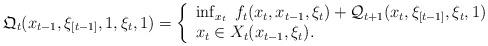
LaTeX: \begin{align*}\mathfrak{Q}_t( x_{t-1}, \xi_{[t-1]}, 1 , \xi_t , 1 ) = \left\{ \begin{array}{l}\inf_{x_t} \;f_t(x_t, x_{t-1}, \xi_t ) + \mathcal{Q}_{t+1}(x_{t}, \xi_{[t-1]}, \xi_t , 1 ) \\ x_t \in X_t(x_{t-1}, \xi_t ). \end{array}\right.\end{align*}